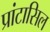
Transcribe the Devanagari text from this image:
प्रांटासिल